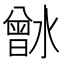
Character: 𰝉